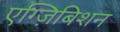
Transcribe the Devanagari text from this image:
एग्ज़िबिशन